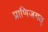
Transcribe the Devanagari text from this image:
प्राणिजगत्